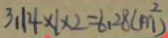
3 . 1 4 \times 1 \times 2 = 6 . 2 8 ( m ^ { 2 } )